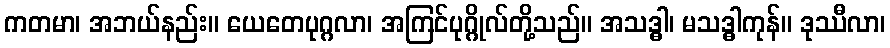
ကတမာ၊ အဘယ်နည်း။ ယေတေပုဂ္ဂလာ၊ အကြင်ပုဂ္ဂိုလ်တို့သည်။ အသဒ္ဓါ၊ မသဒ္ဓါကုန်။ ဒုဿီလာ၊